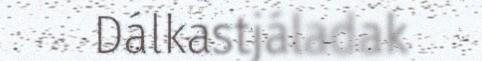
Dálkastjáladak